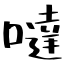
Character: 噠